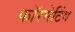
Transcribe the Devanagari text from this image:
फॉरमेटिंग